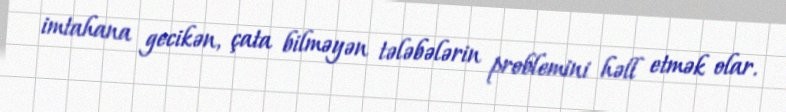
imtahana gecikən, çata bilməyən tələbələrin problemini həll etmək olar.